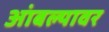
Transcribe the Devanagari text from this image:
आंबल्यावर